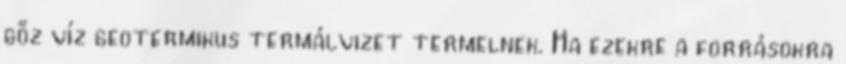
gőz víz geotermikus termálvizet termelnek. Ha ezekre a forrásokra